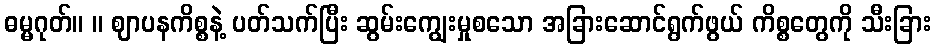
ဓမ္မဂုတ်။ ။ ဈာပနကိစ္စနဲ့ ပတ်သက်ပြီး ဆွမ်းကျွေးမှုစသော အခြားဆောင်ရွက်ဖွယ် ကိစ္စတွေကို သီးခြား